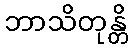
ဘာသိတုန္တိ